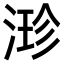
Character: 𣹗